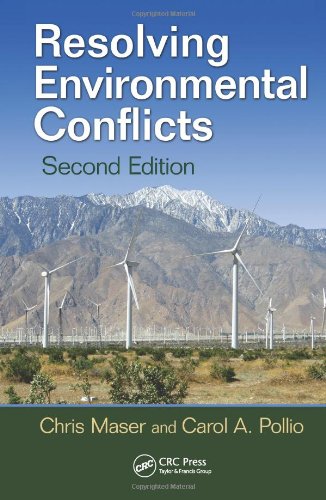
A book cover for Resolving Environmental Conflicts, Second Edition (Social Environmental Sustainability); Chris Maser; Law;